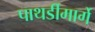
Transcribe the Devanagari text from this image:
पाथर्डीमार्गे